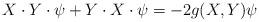
LaTeX: \begin{align*}X\cdot Y\cdot\psi+Y\cdot X\cdot\psi=-2g(X,Y)\psi\end{align*}